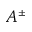
A ^ { \pm }